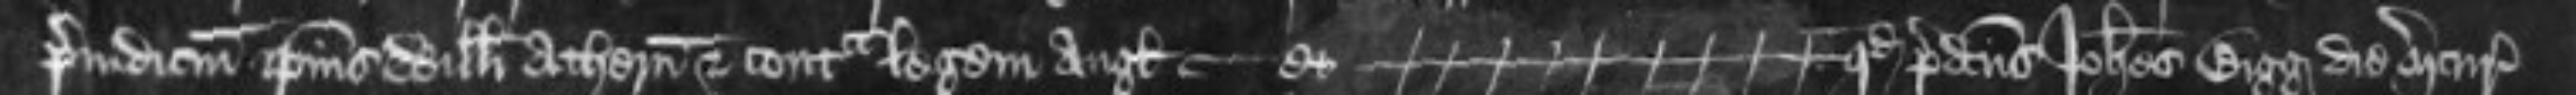
preiudicium ipsius Willelmi Athern et contra legem Anglie -- et quod predictus Johannes Bigg die mercurii